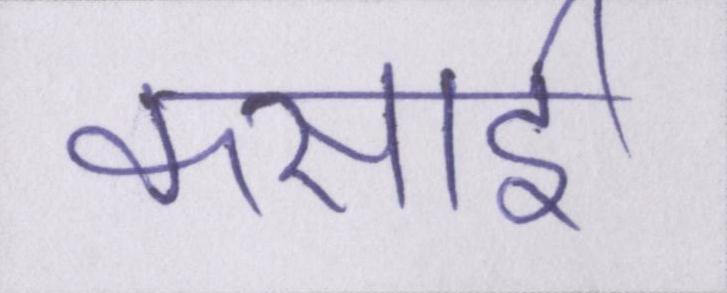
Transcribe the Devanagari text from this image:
कसाई